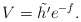
\begin{align*}V=\tilde{h'} e^{-f}.\end{align*}